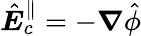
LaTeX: \hat{\boldsymbol E}_{c}^{\parallel}=-\boldsymbol\nabla\hat{\phi}